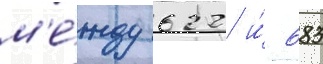
м'е́жду 622 и́ 683